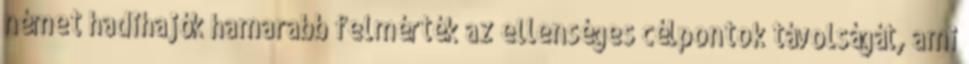
német hadihajók hamarabb felmérték az ellenséges célpontok távolságát, ami